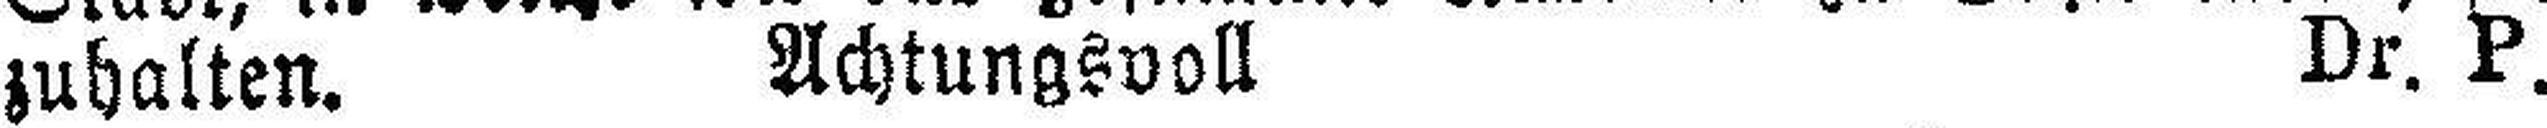
zuhalten. Achtungsvoll Dr. P.